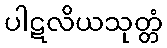
ပါဋလိယသုတ္တံ